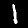
Label: 1